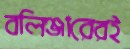
বলিঞ্জারেরই